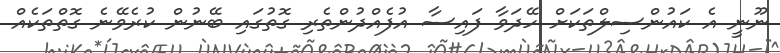
ނޫނީ އެ ކައުންސިލްތަކަށް ހޭދަވާ ފައިސާ އުފެއްދުންތެރި ގޮތުގައި ބޭނުން ކުރެވޭނެ ގޮތްތަކެއް